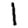
Digit: 1